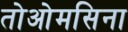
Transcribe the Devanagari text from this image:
तोओमसिना